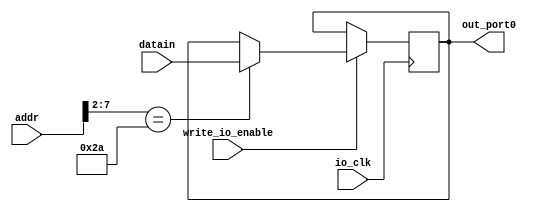
`default_nettype none

module io_output(
    input [31: 0] addr, 
    input [31: 0] datain, 
    input write_io_enable, 
    input io_clk, 

    output reg [31: 0] out_port0
);
    // TODO:  reset 
    // TODO: 

    always @ (posedge io_clk)
    begin
        if (write_io_enable == 1)
            case (addr[7: 2])
                6'b101010: out_port0 = datain;      // A8h
            endcase
    end

endmodule